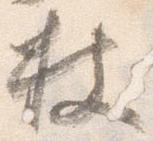
杖